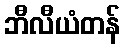
ဘီလီယံတန်